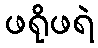
ဖရိုဖရဲ